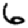
Digit: 6